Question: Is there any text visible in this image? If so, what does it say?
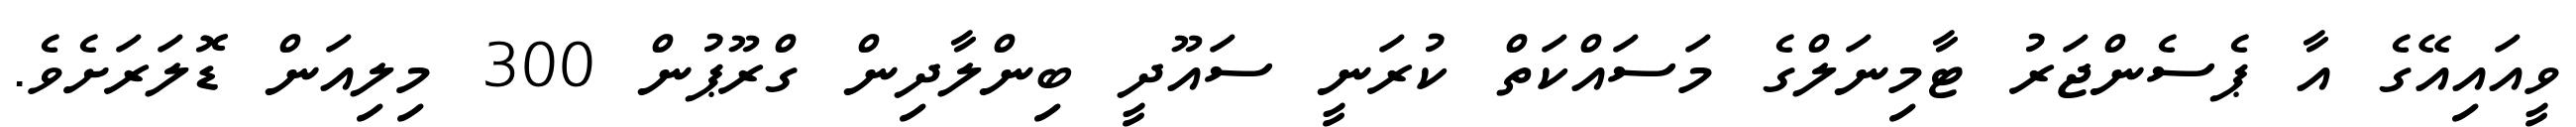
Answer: ވީއައިއޭގެ އާ ޕެސެންޖަރު ޓާމިނަލްގެ މަސައްކަތް ކުރަނީ ސައޫދީ ބިންލާދިން ގްރޫޕުން 300 މިލިއަން ޑޮލަރަށެވެ.